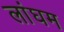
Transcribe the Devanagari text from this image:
लांघम